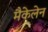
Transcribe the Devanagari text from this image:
मैकेलेन